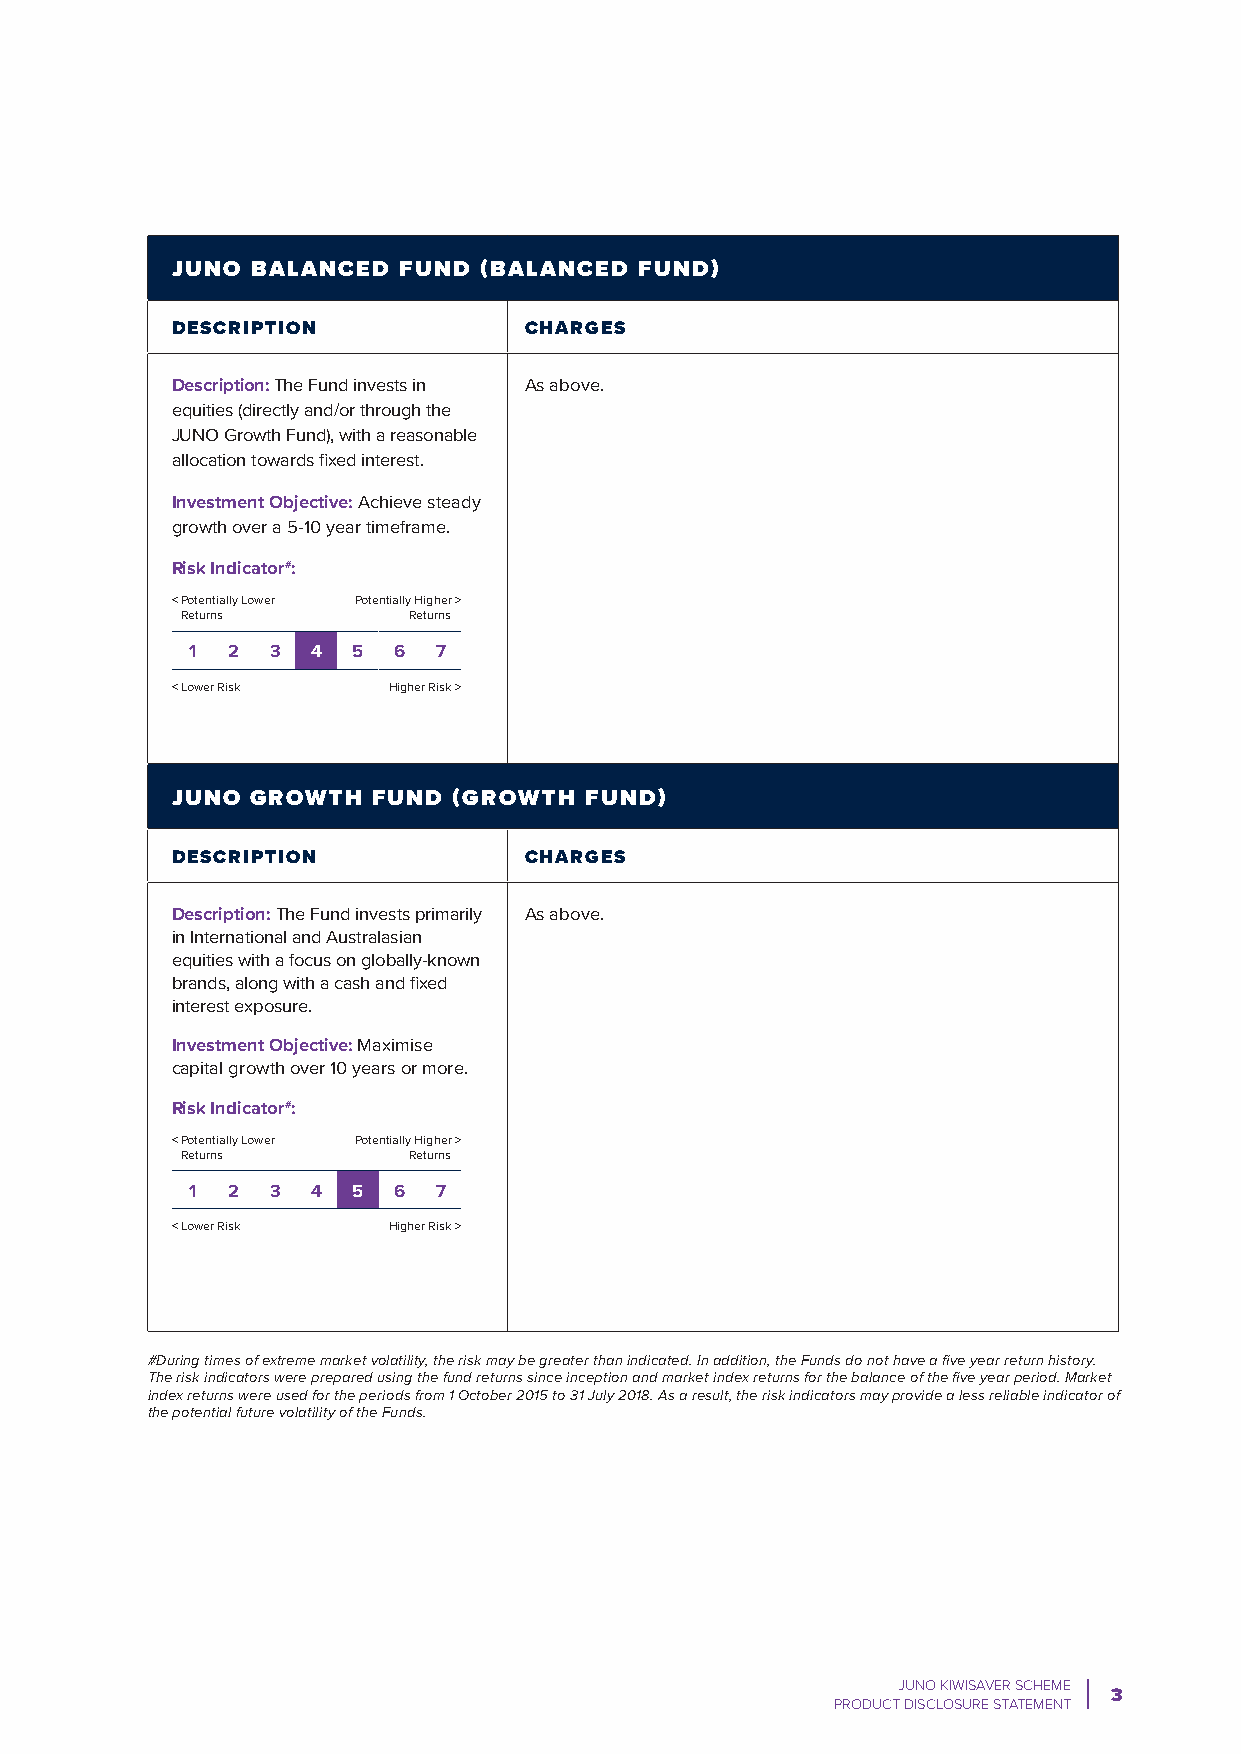
JUNO  BALANCED FUND  (BALANCED FUND)
 DESCRIPTION             CHARGES
 Description: The Fund invests in As above.
 equities (directly and/or through the
 JUNO Growth Fund), with a reasonable
 allocation towards fixed interest.
 Investment Objective: Achieve steady
 growth over a 5-10 year timeframe.
 Risk Indicator#:
 < Potentially Lower Potentially Higher >
 Returns        Returns g
 1  2  3  4 5  6  7
 < Lower Risk   Higher Risk >
 JUNO  GROWTH  FUND (GROWTH  FUND)
 DESCRIPTION             CHARGES
 Description: The Fund invests primarily As above.
 in International and Australasian
 equities with a focus on globally-known
 brands, along with a cash and fixed
 interest exposure.
 Investment Objective: Maximise
 capital growth over 10 years or more.
 Risk Indicator#:
 < Potentially Lower Potentially Higher >
 Returns        Returns g
 1  2  3  4 5  6  7
 < Lower Risk   Higher Risk >
 #During times of extreme market volatility, the risk may be greater than indicated. In addition, the Funds do not have a five year return history.
 The risk indicators were prepared using the fund returns since inception and market index returns for the balance of the five year period. Market
 index returns were used for the periods from 1 October 2015 to 31 July 2018. As a result, the risk indicators may provide a less reliable indicator of
 the potential future volatility of the Funds.
 JUNO KIWISAVER SCHEME
 3
 PRODUCT DISCLOSURE STATEMENT